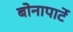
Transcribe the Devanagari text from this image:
बोनापार्टे